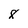
Character: 8